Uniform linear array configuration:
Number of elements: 12
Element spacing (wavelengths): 0.5
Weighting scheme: cosine
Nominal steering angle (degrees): -15
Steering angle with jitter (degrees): -13.81
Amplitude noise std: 0.05
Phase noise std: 0.05

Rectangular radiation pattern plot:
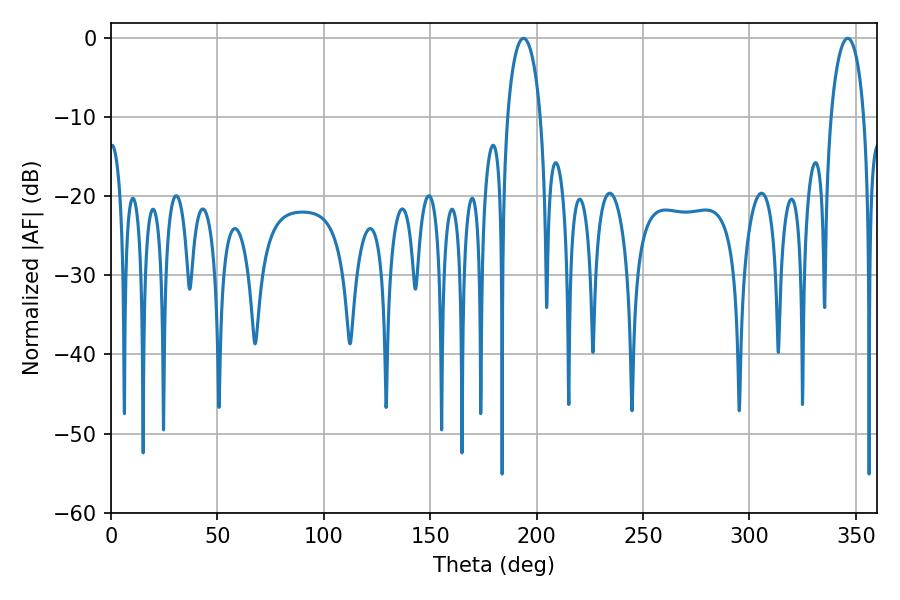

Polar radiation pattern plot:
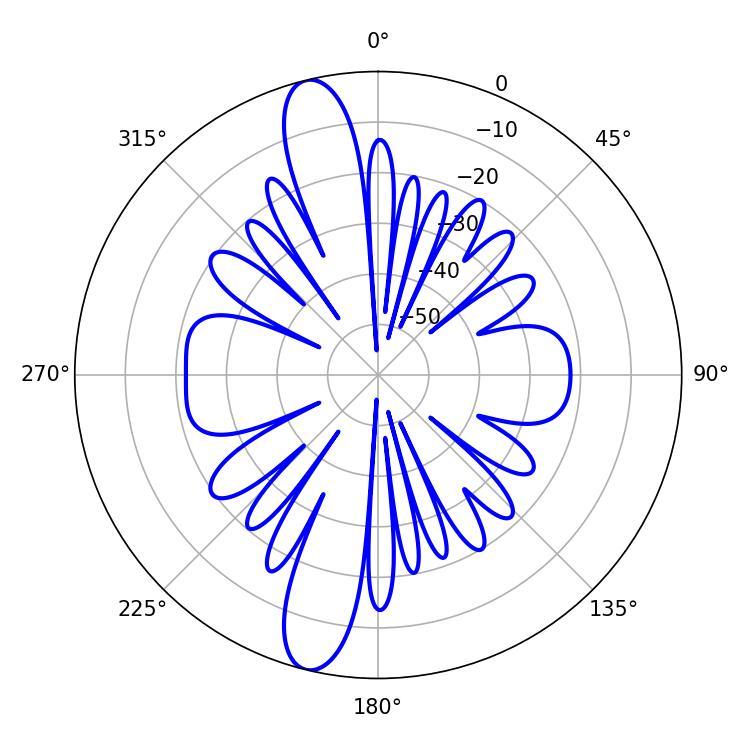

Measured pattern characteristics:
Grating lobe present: FALSE
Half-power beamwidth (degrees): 9
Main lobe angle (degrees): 193.86